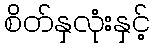
စိတ်နှလုံးနှင့်